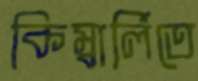
কিম্বার্লিতে